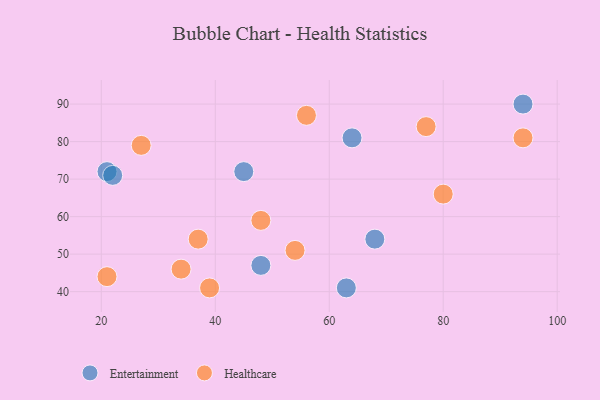
{"axis": {"x": "GDP", "y": "Life Expectancy"}, "legend": ["Entertainment", "Healthcare"], "data": [{"x": "48", "y": 47, "type": "Entertainment"}, {"x": "21", "y": 72, "type": "Entertainment"}, {"x": "68", "y": 54, "type": "Entertainment"}, {"x": "63", "y": 41, "type": "Entertainment"}, {"x": "64", "y": 81, "type": "Entertainment"}, {"x": "22", "y": 71, "type": "Entertainment"}, {"x": "94", "y": 90, "type": "Entertainment"}, {"x": "45", "y": 72, "type": "Entertainment"}, {"x": "37", "y": 54, "type": "Healthcare"}, {"x": "27", "y": 79, "type": "Healthcare"}, {"x": "39", "y": 41, "type": "Healthcare"}, {"x": "56", "y": 87, "type": "Healthcare"}, {"x": "80", "y": 66, "type": "Healthcare"}, {"x": "54", "y": 51, "type": "Healthcare"}, {"x": "21", "y": 44, "type": "Healthcare"}, {"x": "77", "y": 84, "type": "Healthcare"}, {"x": "34", "y": 46, "type": "Healthcare"}, {"x": "48", "y": 59, "type": "Healthcare"}, {"x": "94", "y": 81, "type": "Healthcare"}]}